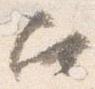
召